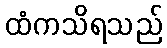
ထံကသိရသည်